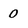
Character: 0